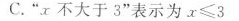
C."x不大于3"表示为x<=3